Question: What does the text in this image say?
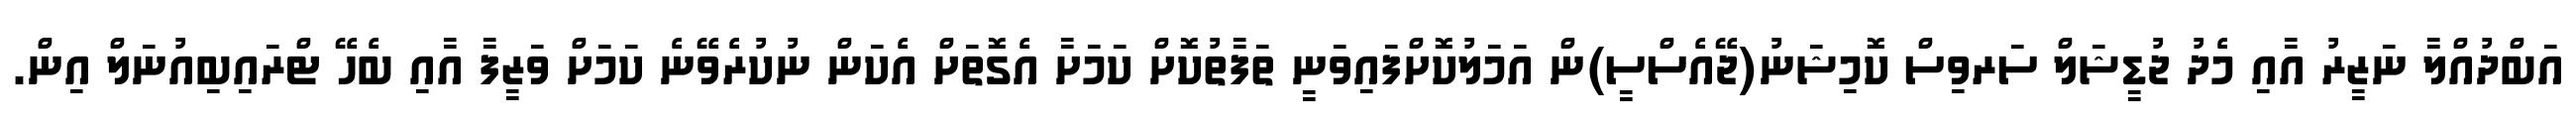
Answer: އަބްދުއްލާ ނަޒީރު އާއި މެދު ޖުޑީޝަލް ސަރވިސް ކޮމިޝަނު(ޖޭއެސްސީ)ން އަމަލުކޮށްފައިވަނީ ތަފާތުކޮށް ކަމަށާ އެގޮތަށް އެކަން ނުކުރެވޭނެ ކަމަށް ވަޒީފާ އާއި ބެހޭ ޓްރައިބިއުނަލް އިން.